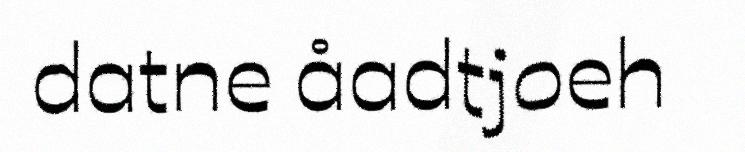
datne åadtjoeh